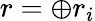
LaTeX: r=\oplus r_{i}